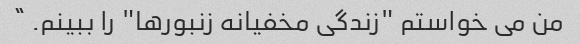
من می خواستم "زندگی مخفیانه زنبورها" را ببینم. ”